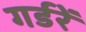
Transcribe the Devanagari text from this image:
गर्डरें